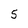
Character: 5